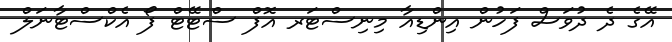
އޭގެ ދެ ދުވަސް ފަހުން އިންޑިއާ މިނިސްޓަރ އޮފް ސްޓޭޓް ފޯ އެކްސްޓާނަލް